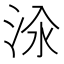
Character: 𱦔